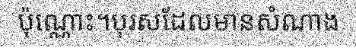
ប៉ុណ្ណោះ។បុរសដែលមានសំណាង